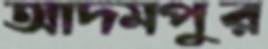
আদমপুর